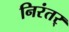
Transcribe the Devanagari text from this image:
निरंतर्